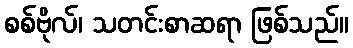
စစ်ဗိုလ်၊ သတင်းစာဆရာ ဖြစ်သည်။